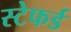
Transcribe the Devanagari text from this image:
स्टेफर्ड